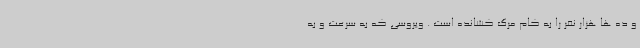
و ده ها هزار نفر را به کام مرگ کشانده است . ویروسی که به سرعت و به